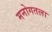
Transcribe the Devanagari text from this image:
मनोगतला